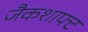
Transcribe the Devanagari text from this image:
जैकशाफ्ट